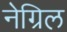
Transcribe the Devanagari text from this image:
नेग्रिल